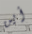
أين